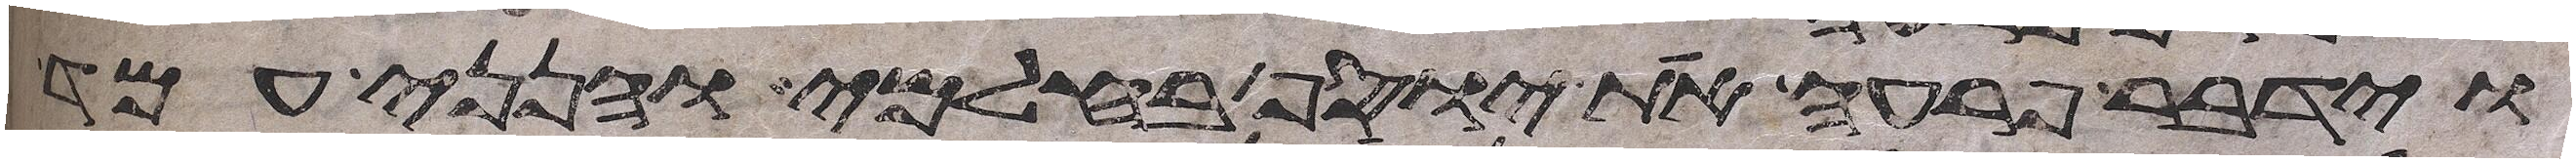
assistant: וידבר פרעה את יוסף בחלמי והנני עמד